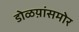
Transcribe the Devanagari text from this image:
डोळय़ांसमोर